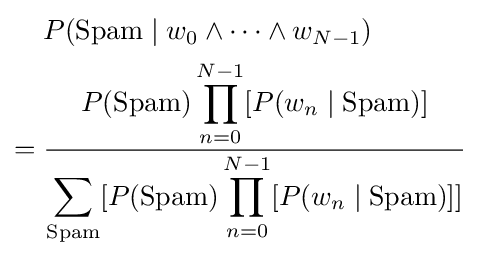
{\begin{aligned}&P({\text{Spam}}\mid w_{0}\wedge \cdots \wedge w_{N-1})\\={}&{\frac {\displaystyle P({\text{Spam}})\prod _{n=0}^{N-1}[P(w_{n}\mid {\text{Spam}})]}{\displaystyle \sum _{\text{Spam}}[P({\text{Spam}})\prod _{n=0}^{N-1}[P(w_{n}\mid {\text{Spam}})]]}}\end{aligned}}